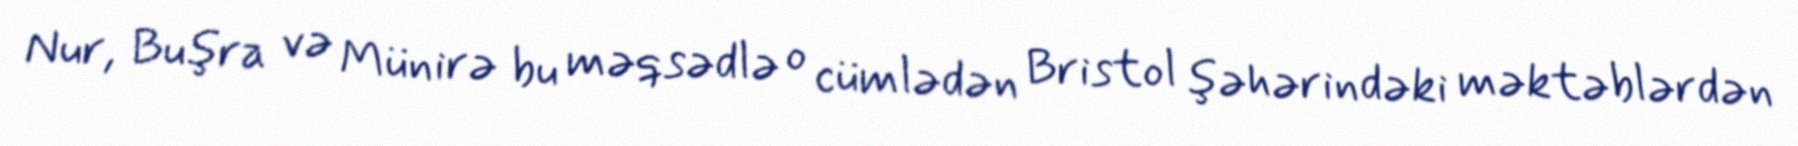
Nur, Buşra və Münirə bu məqsədlə o cümlədən Bristol şəhərindəki məktəblərdən